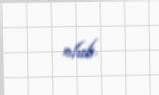
olub.